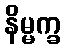
နိမ္မက္ခ